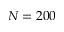
N = 2 0 0